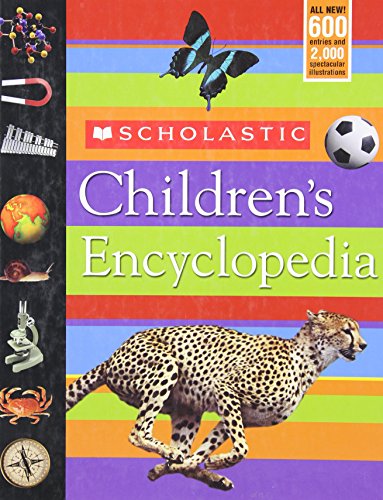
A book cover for Scholastic Children's Encyclopedia; Inc Scholastic; Reference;